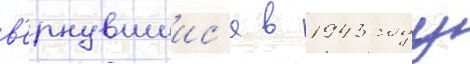
в'ернувшиис'я в 1943 году